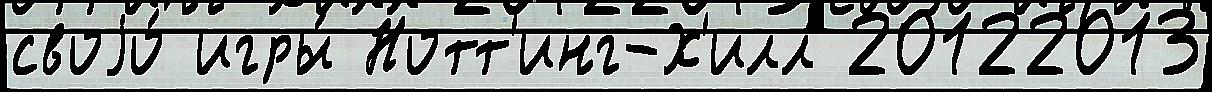
своjо́ игры́ Нотт'инг-Х'илл 20122013